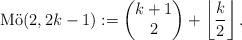
LaTeX: \begin{align*}\mathrm{M\ddot{o}}(2,2k-1) &:= \left(\begin{matrix} k+1\\ 2\end{matrix}\right) + \left\lfloor\frac{k}{2}\right\rfloor.\end{align*}